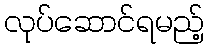
လုပ်ဆောင်ရမည့်